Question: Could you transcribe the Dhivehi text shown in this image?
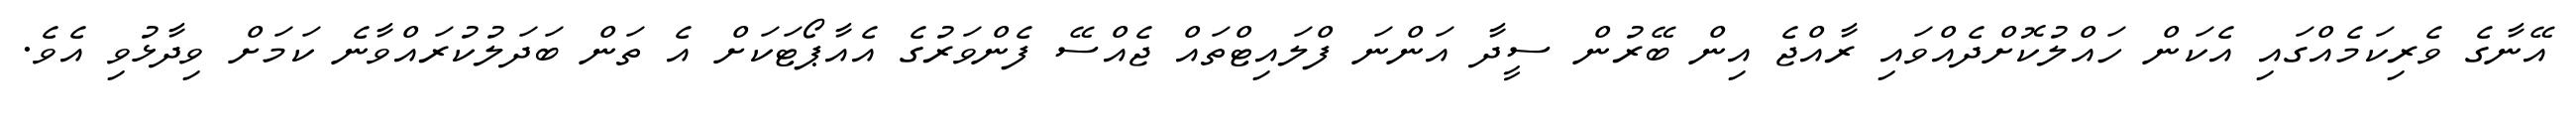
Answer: އޭނާގެ ވެރިކަމެއްގައި އެކަން ހައްލުކޮށްދެއްވައި ރާއްޖެ އިން ބޭރުން ސީދާ އަންނަ ފްލައިޓްތައް ޖެއްސޭ ފެންވަރުގެ އެއާޕޯޓަކަށް އެ ތަން ބަދަލުކުރައްވާނެ ކަމަށް ވިދާޅުވި އެވެ.